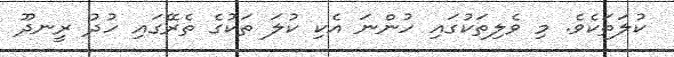
ކުލަތަކެވެ. މި ވެލިތަކުގައި ހުންނަ އެކި ކުލަ ތަކުގެ ތެރޭގައި ހުދު ރީނދޫ